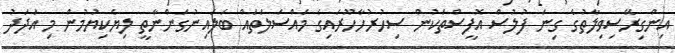
އިންގިރޭސިވިލާތުގެ ގިނަ ފުލުސް އޮފީސްތަކުން ސިހުރުހާހޫރައިގެ މައްސަލަތައް ބަލައިނުގަންނާތީ ލިޔެކިޔުމުން މި އަދަދު